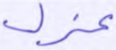
عزل